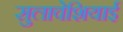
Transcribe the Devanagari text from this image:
सुलावेशियाई